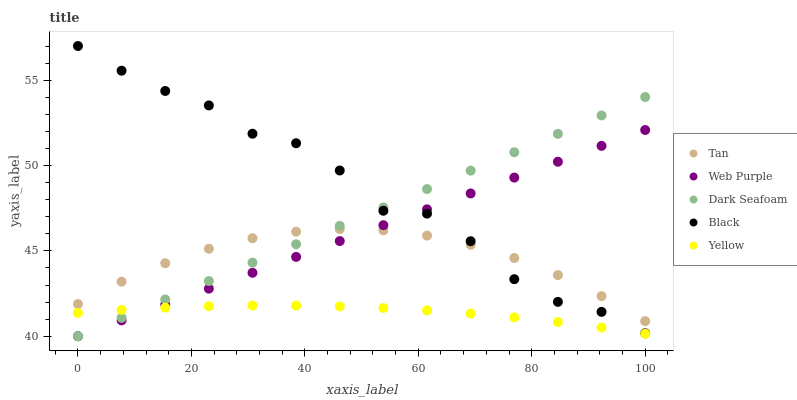
| xaxis_label | Tan | Web Purple | Dark Seafoam | Black | Yellow |
 | --- | --- | --- | --- | --- | --- |
 | 0 | 41.9 | 40 | 40 | 57 | 41.4 |
 | 7.69 | 43.2 | 40.9 | 41.1 | 55.6 | 41.5 |
 | 15.4 | 44.3 | 41.9 | 42.2 | 54.4 | 41.7 |
 | 23.1 | 45.1 | 42.8 | 43.2 | 53.5 | 41.8 |
 | 30.8 | 45.7 | 43.7 | 44.3 | 51.9 | 41.8 |
 | 38.5 | 46.1 | 44.6 | 45.4 | 51.3 | 41.8 |
 | 46.2 | 46.3 | 45.6 | 46.5 | 49.7 | 41.7 |
 | 53.8 | 46.2 | 46.5 | 47.5 | 47.4 | 41.7 |
 | 61.5 | 45.9 | 47.4 | 48.6 | 47.2 | 41.5 |
 | 69.2 | 45.4 | 48.4 | 49.7 | 45.6 | 41.3 |
 | 76.9 | 44.6 | 49.3 | 50.8 | 43.3 | 41.1 |
 | 84.6 | 43.6 | 50.2 | 51.9 | 42 | 40.8 |
 | 92.3 | 42.3 | 51.2 | 52.9 | 41.4 | 40.5 |
 | 100 | 40.9 | 52.1 | 54 | 40.2 | 40.1 |